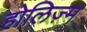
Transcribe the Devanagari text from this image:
होलिज़्म